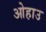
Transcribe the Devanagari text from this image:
ओहाउ